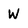
Character: W